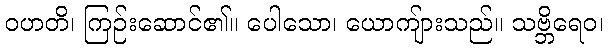
ဝဟတိ၊ ကြဉ်းဆောင်၏။ ပေါသော၊ ယောကျ်ားသည်။ သဗ္ဘိရေဝ၊